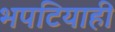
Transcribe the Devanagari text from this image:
भपटियाही